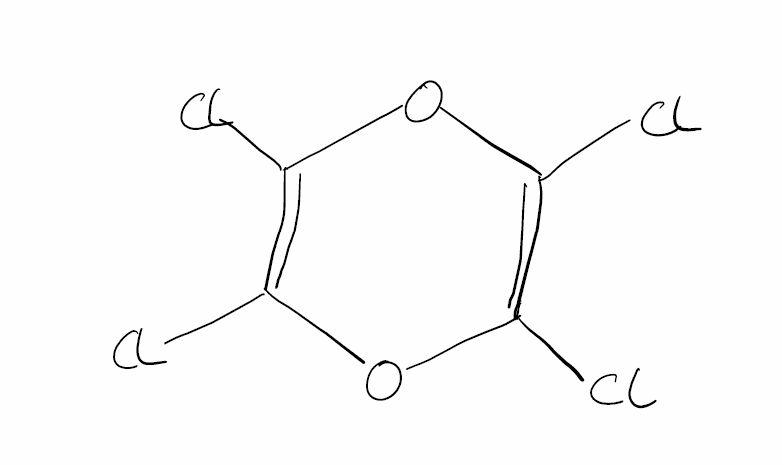
Simplified molecular-input line-entry system (SMILES) notation of the given molecule:
C1(=C(OC(=C(O1)Cl)Cl)Cl)Cl